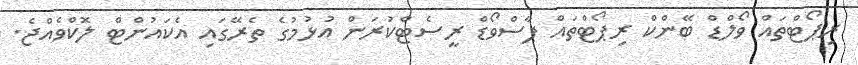
ރިޕޯޓްތައް ވޯލްޑް ބޭންކް ރިޕޯޓްތައް ޕާސްވޯޑް ރީސެޓްކުރަން އުޅުމުގެ ތެރޭގައި އެކައުންޓް ލޮކްވެއްޖެ.